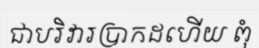
ជាបរិវារប្រាកដហើយ ពុំ